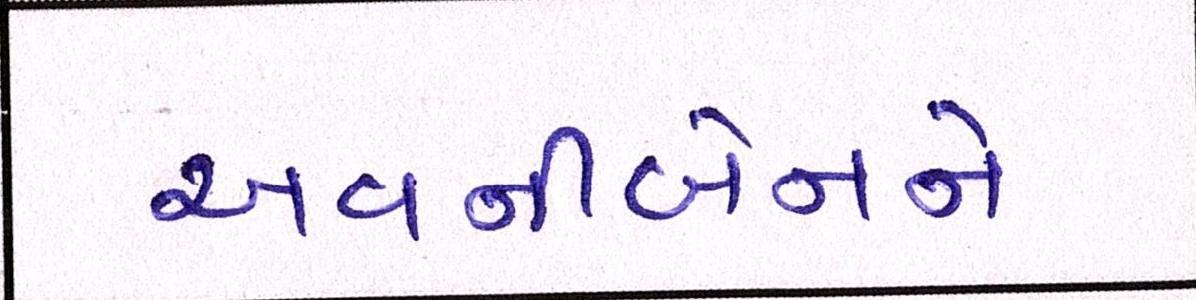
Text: અવનીબેનને